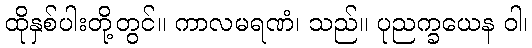
ထိုနှစ်ပါးတို့တွင်။ ကာလမရဏံ၊ သည်။ ပုညက္ခယေန ဝါ၊